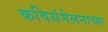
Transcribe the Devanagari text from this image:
कविसंमेलनाच्या